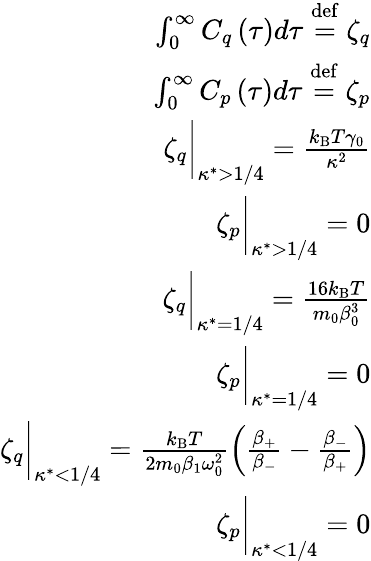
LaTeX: \begin{array}{r}{\int_{0}^{\infty}C_{q}\left(\tau\right)d\tau\stackrel{\mathrm{def}}{=}\zeta_{q}}\\ {\int_{0}^{\infty}C_{p}\left(\tau\right)d\tau\stackrel{\mathrm{def}}{=}\zeta_{p}}\\ {\zeta_{q}\biggr\rvert_{\kappa^{*}>1/4}=\frac{k_{\mathrm{B}}T\gamma_{0}}{\kappa^{2}}}\\ {\zeta_{p}\biggr\rvert_{\kappa^{*}>1/4}=0}\\ {\zeta_{q}\biggr\rvert_{\kappa^{*}=1/4}=\frac{16k_{\mathrm{B}}T}{m_{0}\beta_{0}^{3}}}\\ {\zeta_{p}\biggr\rvert_{\kappa^{*}=1/4}=0}\\ {\zeta_{q}\biggr\rvert_{\kappa^{*}<1/4}=\frac{k_{\mathrm{B}}T}{2m_{0}\beta_{1}\omega_{0}^{2}}\left(\frac{\beta_{+}}{\beta_{-}}-\frac{\beta_{-}}{\beta_{+}}\right)}\\ {\zeta_{p}\biggr\rvert_{\kappa^{*}<1/4}=0}\end{array}